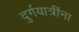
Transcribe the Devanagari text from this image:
दुर्गयात्रींना